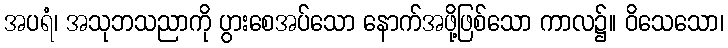
အပရံ၊ အသုဘသညာကို ပွားစေအပ်သော နောက်အဖို့ဖြစ်သော ကာလ၌။ ဝိသေသော၊